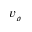
v _ { \rho }